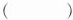
（）